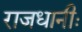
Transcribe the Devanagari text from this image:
राजधानीः